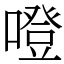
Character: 噔